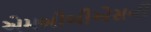
એમબીબીએસની